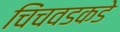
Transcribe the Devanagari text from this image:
चिंचवडकडे